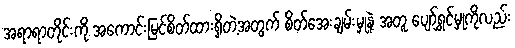
အရာရာတိုင်းကို အကောင်းမြင်စိတ်ထားရှိတဲ့အတွက် စိတ်အေးချမ်းမှုနဲ့ အတူ ပျော်ရွှင်မှုကိုလည်း